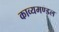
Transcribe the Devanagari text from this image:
काव्यमण्डल